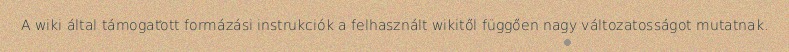
A wiki által támogatott formázási instrukciók a felhasznált wikitől függően nagy változatosságot mutatnak.